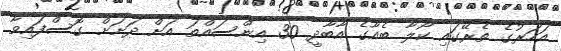
އަހަރުގެ ތެރޭގައި ކޯލާ ބެއާގެ އާބާދީ 30 އިންސައްތަ އަށް ދަށަށް ގޮސްފައިވާ